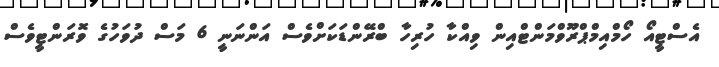
އެސްޓީއޯ ހޯމްއިމްޕްރޫވްމަންޓްއިން ވިއްކާ ހުރިހާ ބްރޭންޑަކަށްވެސް އަންނަނީ 6 މަސް ދުވަހުގެ ވޮރަންޓީވެސް